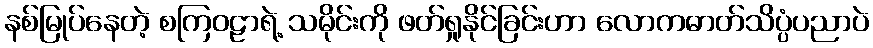
နစ်မြုပ်နေတဲ့ စကြဝဠာရဲ့ သမိုင်းကို ဖတ်ရှုနိုင်ခြင်းဟာ လောကဓာတ်သိပ္ပံပညာပဲ